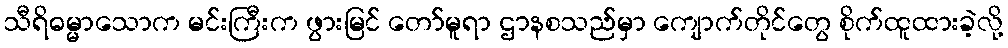
သီရိဓမ္မာသောက မင်းကြီးက ဖွားမြင် တော်မူရာ ဌာနစသည်မှာ ကျောက်တိုင်တွေ စိုက်ထူထားခဲ့လို့